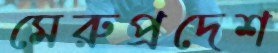
মেরুপ্রদেশ